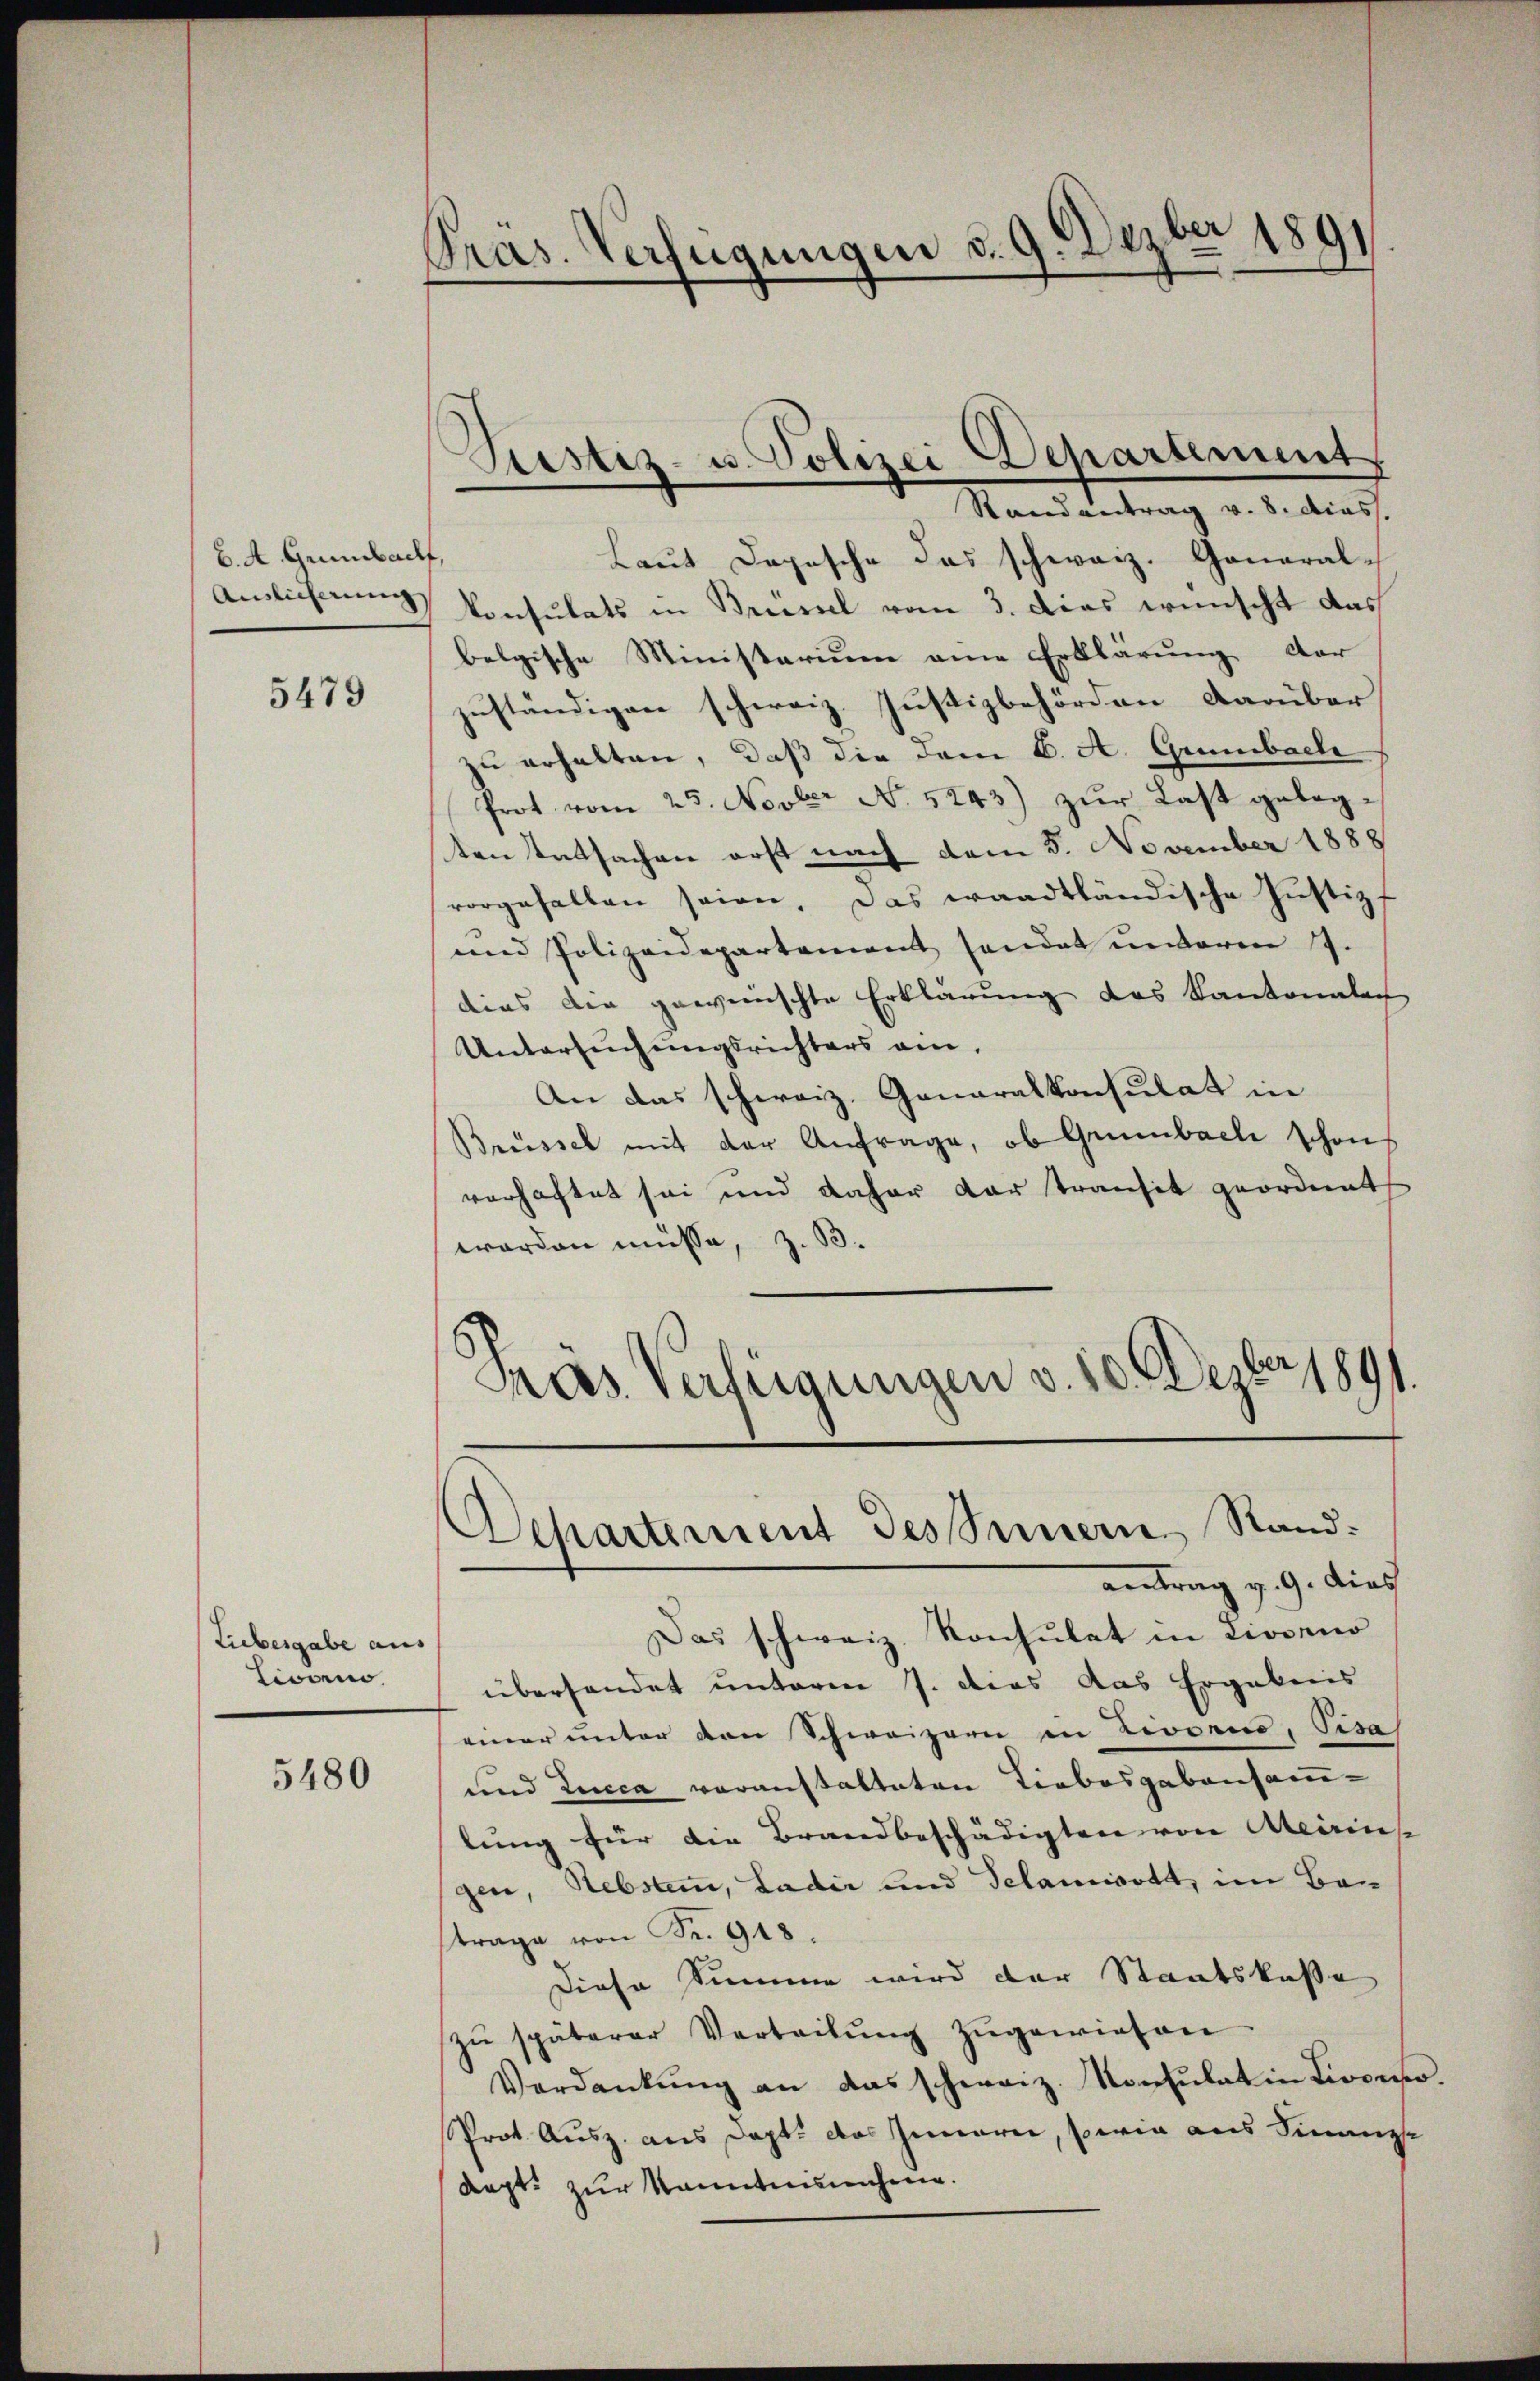
6. A. Grünbach
Auslieferung

5479

Liebesgabe aus
Livano.

5480

Präs. Verfügungen d. 9. Dezber 1891

Sistiz- u. Polizei Departement
Randantrag v. 8. dies.

Laut Depesche das schweiz. General-
konsulats in Brüssel vom 3. Dies wünscht das
belgische Ministerium eine Erklärung der
zuständigen schweiz. Justizbehörden darüber
zu erhalten, daß die dem 6. A. Grünbach
Prot. vom 25. Novber No. 5243) zŭr Last gelegten Tatsachen erst nach dem 5. November 1888
vorgefallen seien. Das waadtländische Justizf
und Polizeidepartement handet unteren 17.
dias die gewünschte Erklärung des Kantonalach
Untersuchungsrichters am
An das schweiz. Generalkonsulat in
Brüssel mit der Anfrage, ob Grünbach schon
verhaftet sei und daher dar transit geordnet
worden müsse, z. B.
Präs. Verfügungen v. 10. Dezbr 1891.

Departement des Innern Rand:
antrag v. 9. dies

Das schweiz. Konsulat in Livorno
überhandet unterm 7. dies das Ergebnis
einer unter den Schweizern in Liosens, Pisa
und Lucca voranstalteten Liebesgabensam-
lung für die Brandbeschädigten von Meirins
gen, Rebsam, Ladir und Selamisott, im Ban
trage von Fr. 948.
Diese Summe wird der Staatskasse
zŭ späterer Verteilŭng zugewiesen
Verdankŭng an das schweiz. Konsulat in Livono
Prot. Ausz. aus Dapt. das Innern, sowie aus Finanze
dept. zur kanntnisnahme.